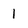
Character: l